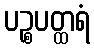
ပဉ္စပတ္ထရံ